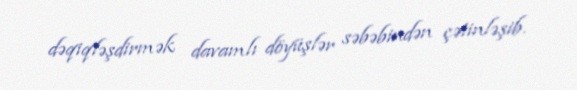
dəqiqləşdirmək davamlı döyüşlər səbəbindən çətinləşib.